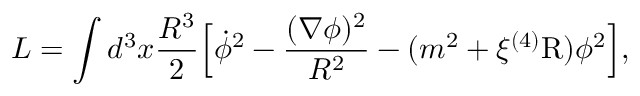
L = \int d ^ { 3 } x \frac { R ^ { 3 } } { 2 } \Bigl [ \dot { \phi } ^ { 2 } - \frac { ( \nabla \phi ) ^ { 2 } } { R ^ { 2 } } - ( m ^ { 2 } + \xi { } ^ { ( 4 ) } \mathrm { R } ) \phi ^ { 2 } \Bigr ] ,